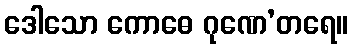
ဒေါသော ကောဓေ ဂုဏေ’တရေ။